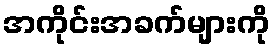
အကိုင်းအခက်များကို